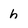
Character: h